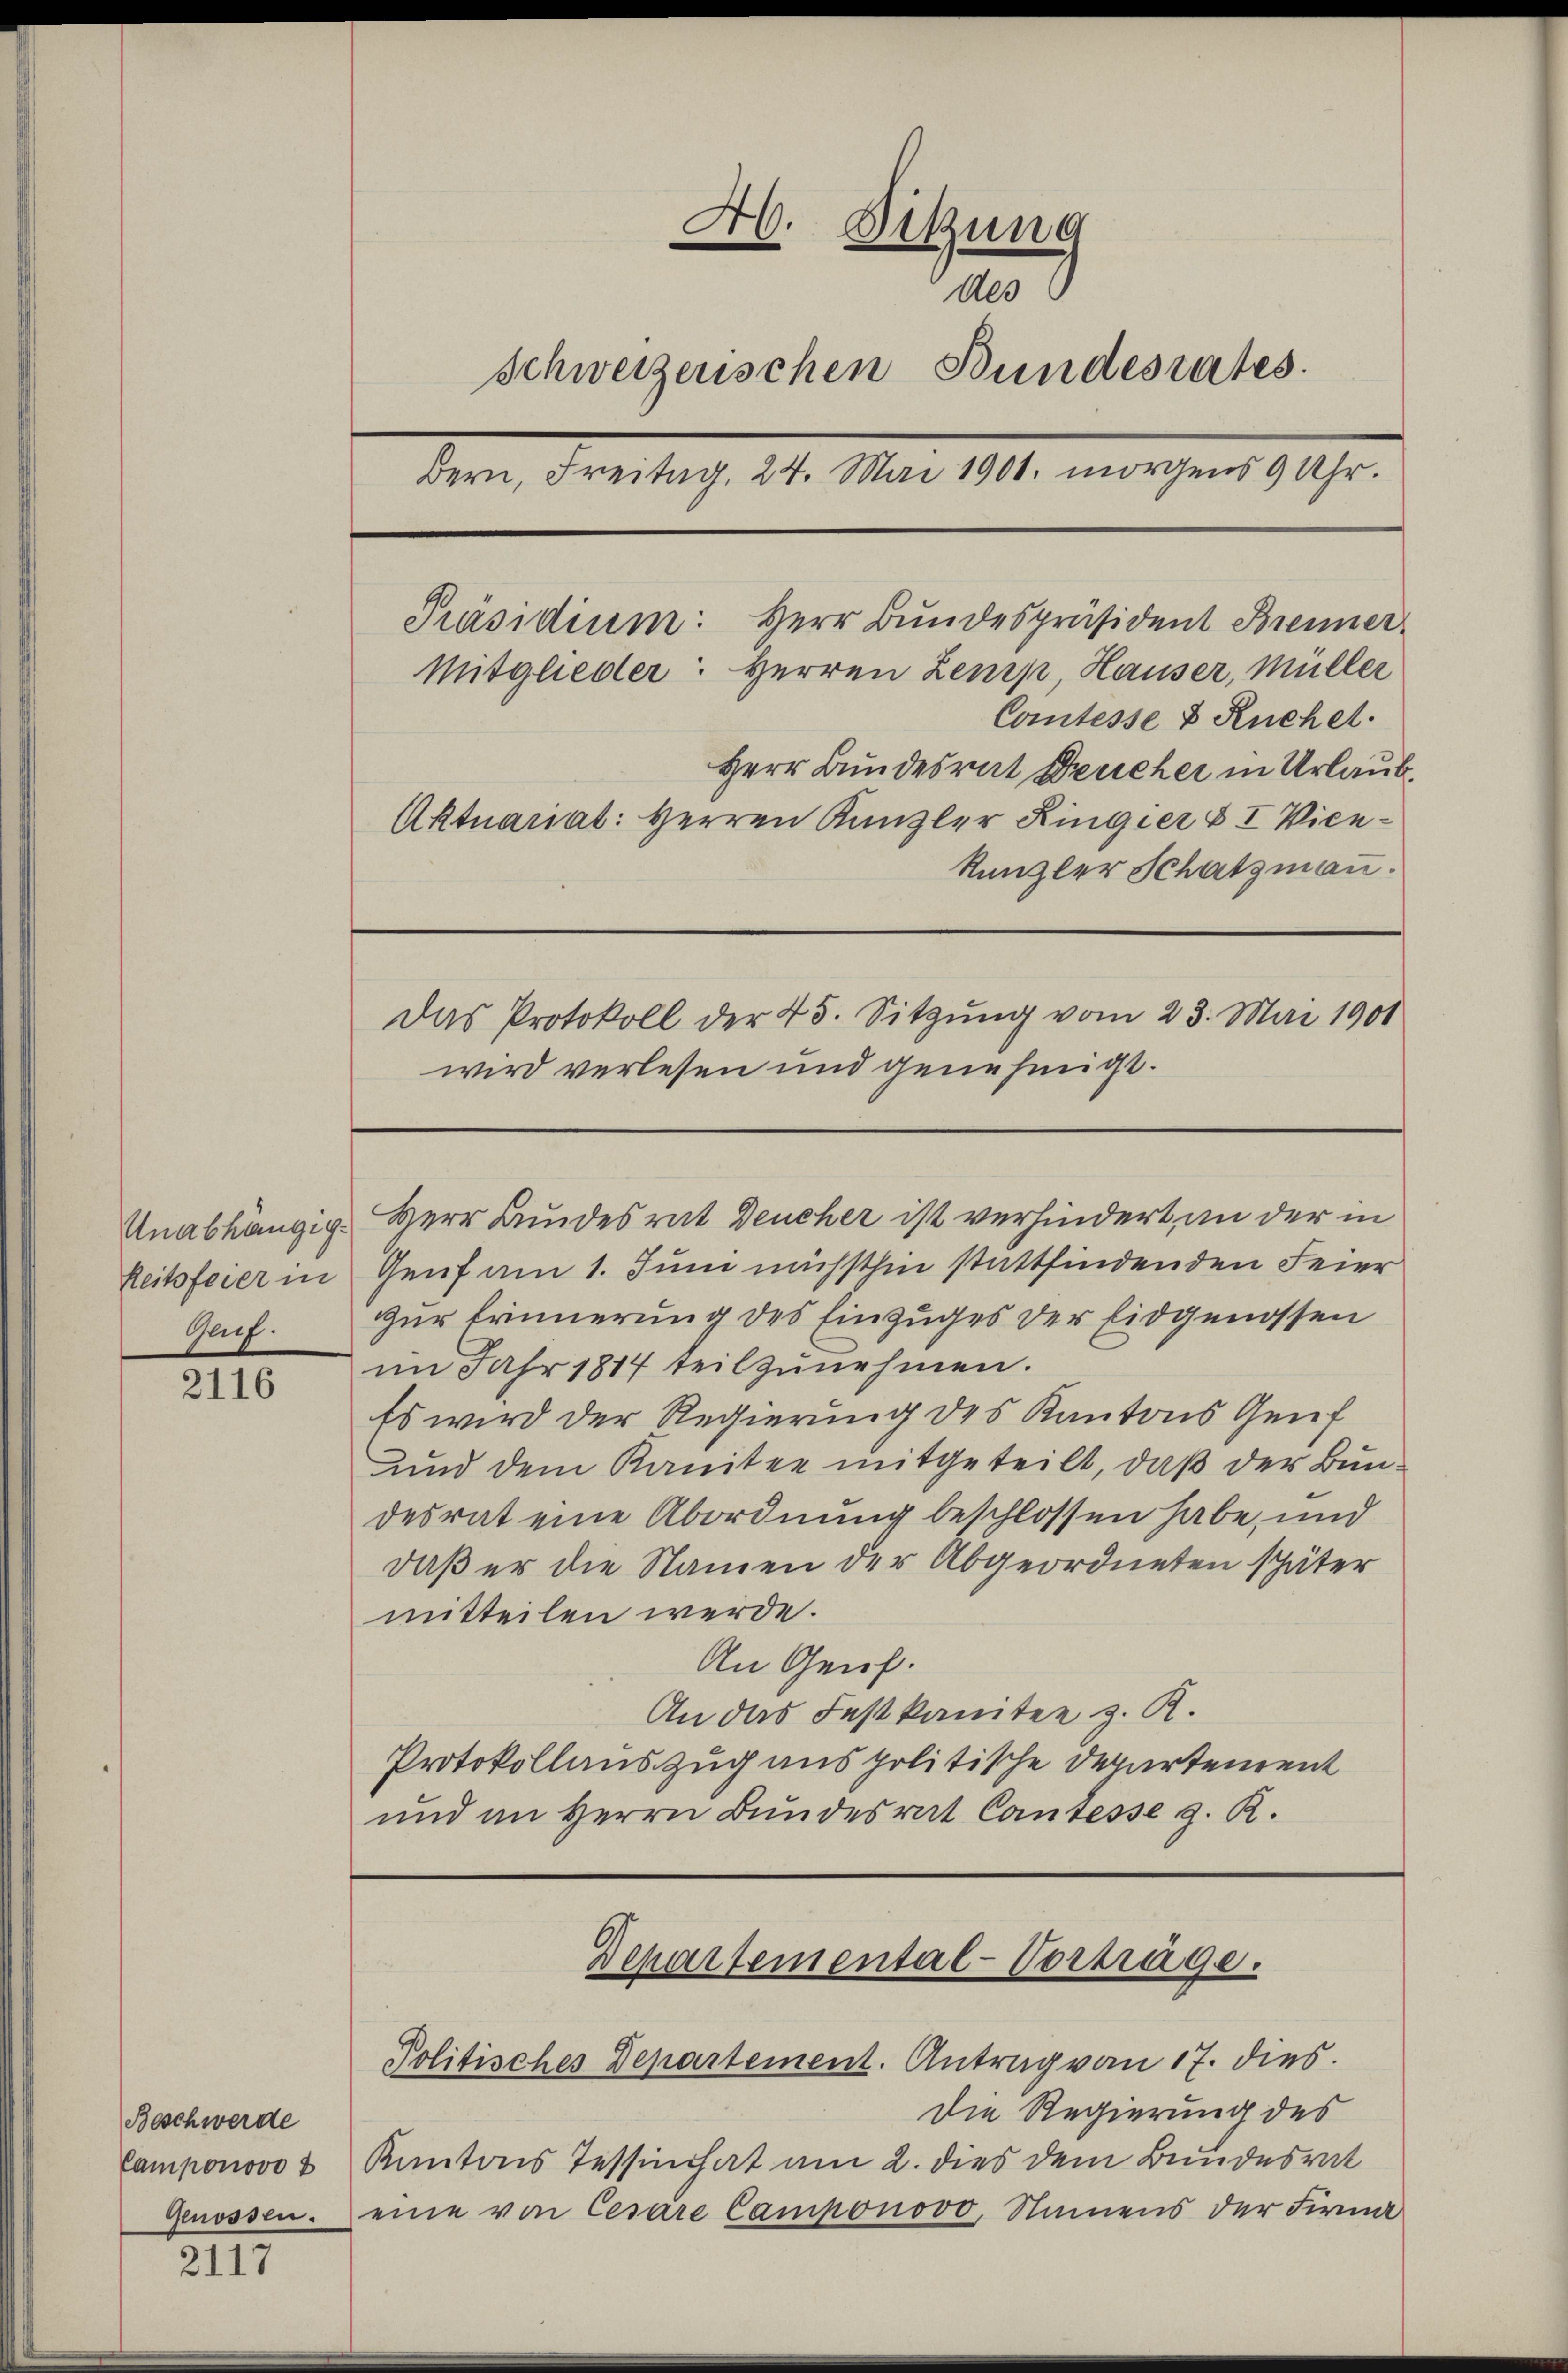
Reitsfeier in
Gauf.

2116

Beschwerde
Camponovo
Genossen.

2117

A6. Sitzung
Als
Schweizerischen Bundesrates.
dern, Freitag, 24. Mai 1901. morgens 9 Uhr.
Präsidium: Herr Bundespräsident Brenner
Mitglieder: Herren Zenrp, Hauser, Müller
Comtesse & Ruchel.
Herr Bundesrat Deucher in Urlaub¬
Aktuariat: Herren Kanzler Ringier & I Vien¬
Kanzler Schatzman.
Das Protokoll der 45. Sitzŭng vom 23. Mai 1901
wird verlesen und genehmigt.

Unabhängig. Herr Bundesrat Deucher ist verhindert, an der in

Genf am 1. Juni nächsthin stattfindenden Feier
zur Erinnerung des Einzuges der Eidgenossen
im Jahr 1817 teilzŭnehmen.
Es wird der Regierung des Kantons Geif
und dem Kanitee mitgeteilt, daß der Bundesrat eine Abordnung beschlossen habe, und
daß er die Namen der Abgeordneten später
mitteilen werde.
An Genf.
An das Festkanitee z. R.
Protokollauszug aus politische Departement
und an Herrn Bŭndesrat Cantesse g. R.

Dehartemental-Vortrage.
Politisches Departement. Antrag von 17. dies

Die Regierung des
Kantons Tessin hat am 2. dies dem Bundesrat
eine von Cesare Camponovo, Namens der Firma